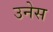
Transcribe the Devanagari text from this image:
उनेस